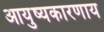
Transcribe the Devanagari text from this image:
आयुष्यकारणाय